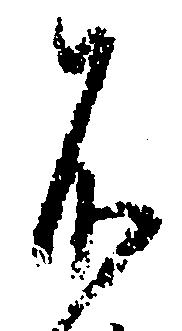
不